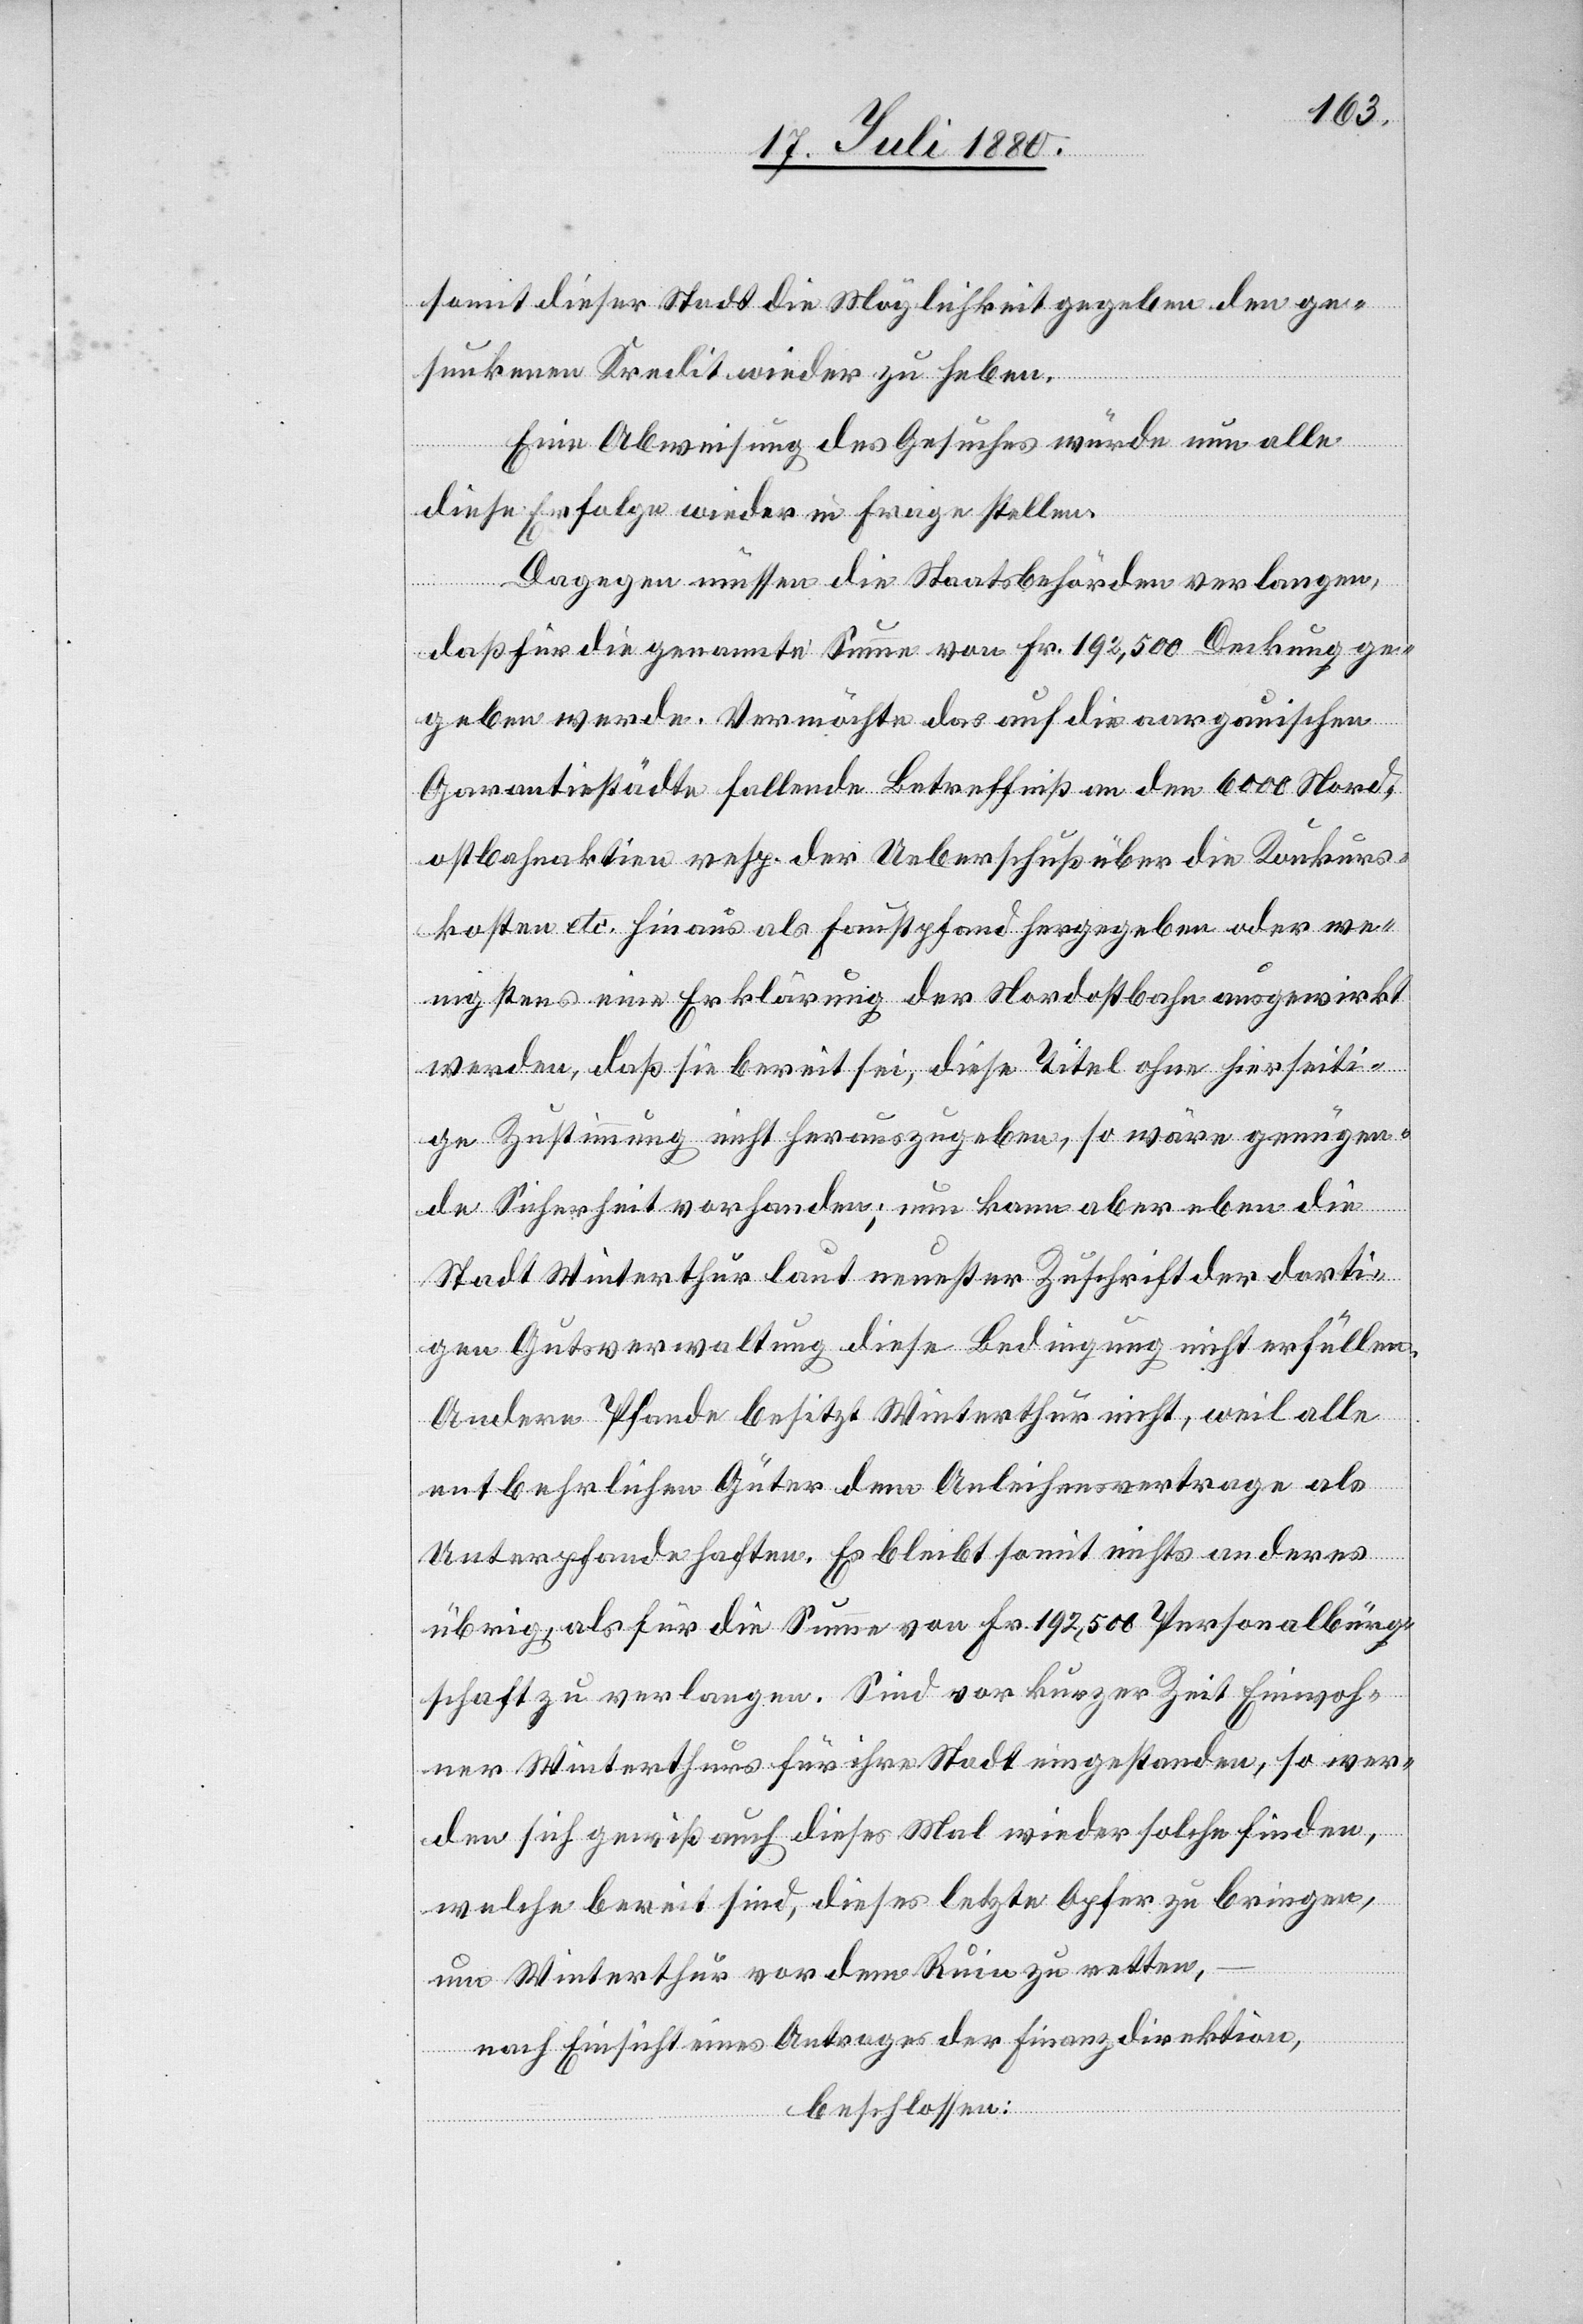
somit dieser Stadt die Möglichkeit gegen den ge¬
sunkenen Kredit wieder zu haben.
Eine Abweisung des Gesuches würde nun alle
diese Erfolge wieder in Frage stellen.
Dagegen müssen die Staatsbehörden verlangen,
daß für die genannte Summe von Fr. 192,500 Deckung ge¬
geben werde. Vermöchte das auf die aargauische
Garantiestädte fallende Betreffniß an den 600 Nord¬
ostbahnaktien resp. der Ueberschuß über die Konkurs¬
kosten etc. hinaus als Faustpfand hergegeben oder we¬
nigstens eine Erklärung der Nordostbahn ausgewirkt
werden, daß sie bereit sei, diese Titel ohne hierseiti¬
ge Zustimmung nicht herauszugeben, so wäre genügen¬
de Sicherheit vorhanden; nun kann aber eben die
Stadt Winterthur laut neuster Zuschrift der dorti¬
gen Gutsverwaltung diese Bedingung nicht erfüllen.
Andere Pfande besitzt Winterthur nicht, weil alle
entbehrlichen Güter dem Anleihensvertrage als
Unterpfande haften. Es bleibt somit nichts anderes
übrig, als für die Summe von Fr. 192,500 Personalbürger¬
schaft zu verlangen. Sind vor kurzer Zeit Einwoh¬
ner Winterthurs für ihre Stadt eingestanden, so wer¬
den sich gewiß auch dieses Mal wieder solche finden,
welche bereit sind, dieses letzte Opfer zu bringen,
um Winterthur vor dem Ruin zu retten,
nach Einsicht eines Antrages der Finanzdirektion
beschlossen: